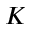
K